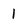
Character: 1